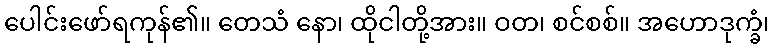
ပေါင်းဖော်ရကုန်၏။ တေသံ နော၊ ထိုငါတို့အား။ ဝတ၊ စင်စစ်။ အဟောဒုက္ခံ၊